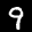
Label: 9